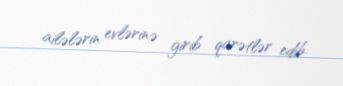
ailələrin evlərinə girib qarətlər edib.